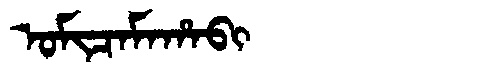
Manchu: ᠣᠮᡳᠴᠠᠮᠠᡥᠠᠪᡳ
Romanization: OMICAMAHABI